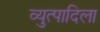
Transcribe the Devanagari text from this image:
व्युत्पादिला